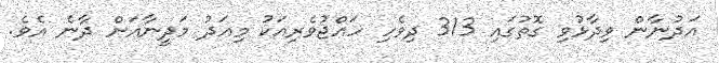
އަދުނާން ވިދާޅުވި ގޮތުގައި 313 ދިވެހި ހައްޖުވެރިއަކު މިއަދު މަދީނާއަށް ދާނެ އެވެ.